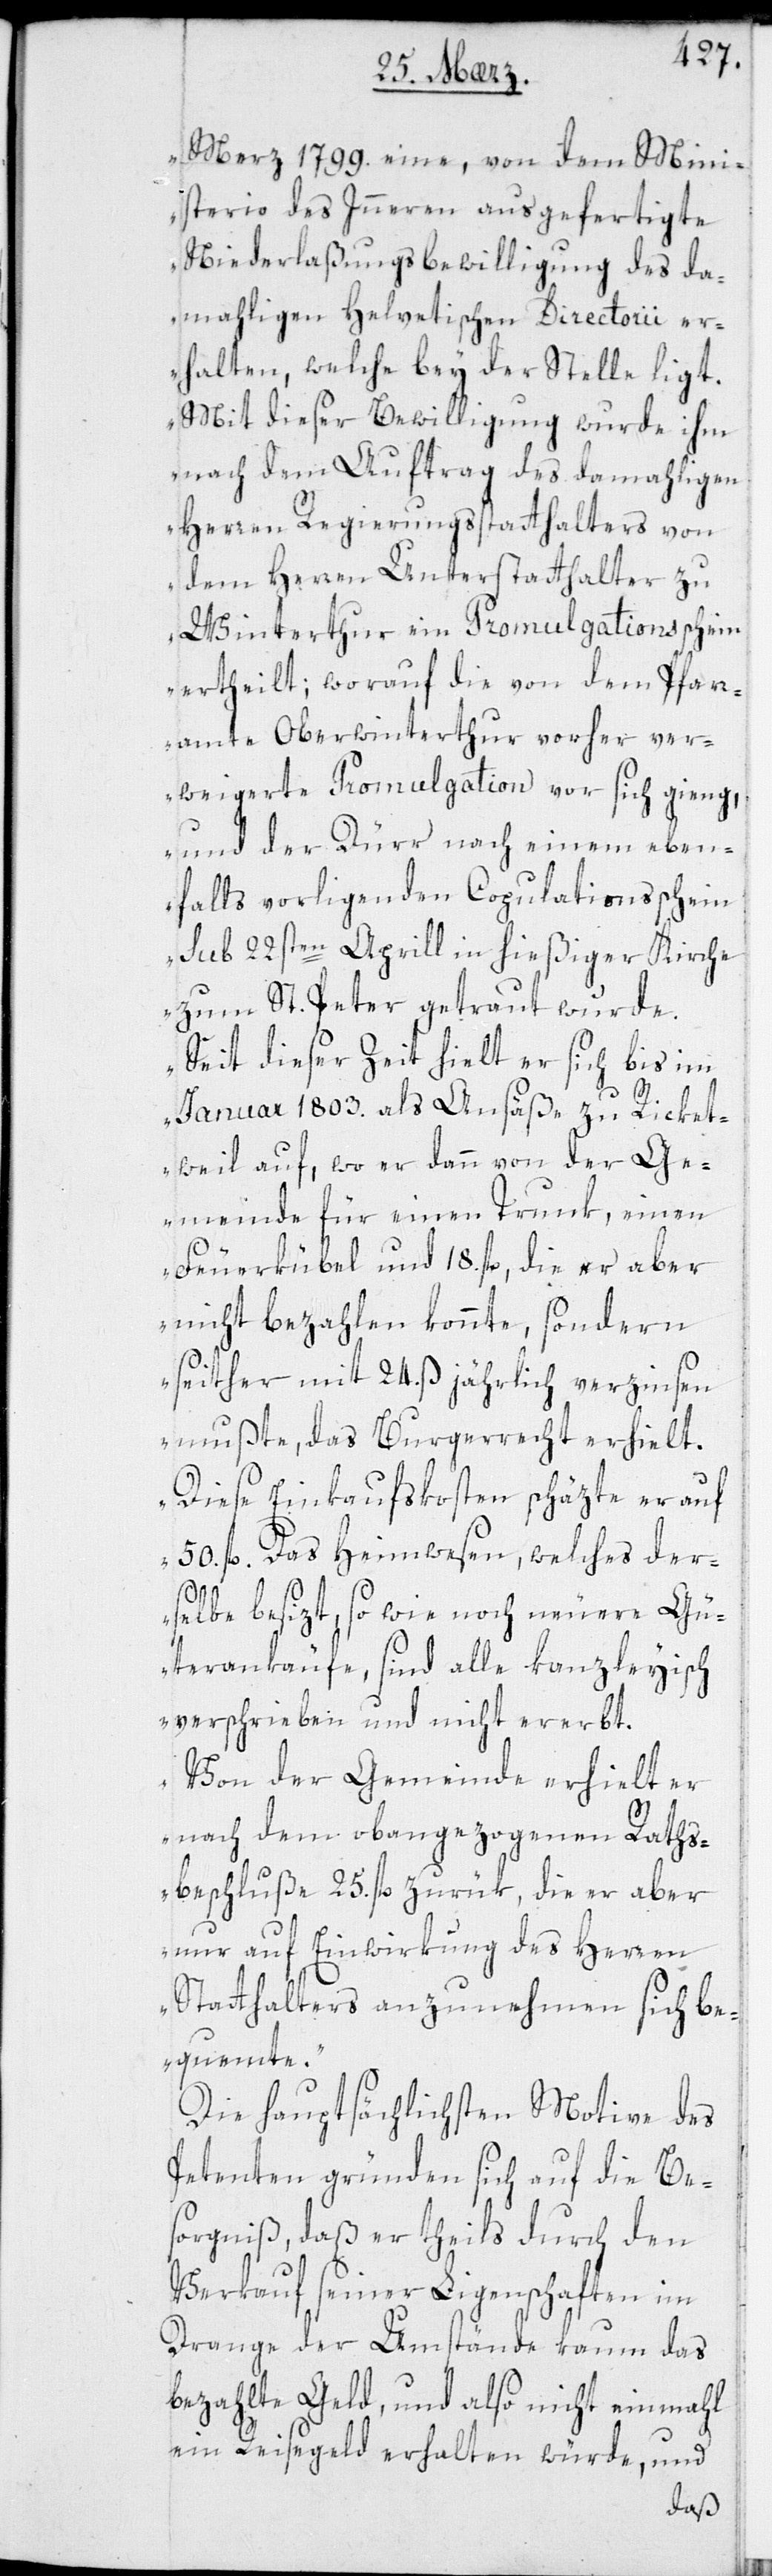
Merz 1799. eine, von dem Mini¬
sterio des Innern ausgefertigte
Niederlaßungsbewilligung des da¬
mahligen Helvetischen Directorii er¬
halten, welche bey der Stelle liegt.
Mit dieser Bewilligung wurde ihm
nach dem Auftrag des damahligen
Herren Regierungsstatthalters von
dem Herren Unterstatthalter zu
Winterthur ein Promulgationsschein
ertheilt; worauf die von dem Pfarr¬
amte Oberwinterthur vorher ver¬
weigerte Promulgation vor sich ging,
und der Dürr nach einem eben¬
falls vorliegenden Copulationsschein
sub 22sten Aprill in hießiger Kirche
zum St. Peter getraut wurde.
Seit dieser Zeit hielt er sich bis im
Januar 1803. als Ansäß zu Ricket¬
weil auf, wo er dann von der Ge¬
meinde für einen Trunk, einen
Feuerkübel und 18. fl., die er aber
nicht bezahlen konnte, sondern
seither mit 24. ß jährlich verzinsen
mußte, das Burgerrecht erhielt.
Diese Einkaufskosten schäzte er auf
50. fl. Das Heimwesen, welches der¬
selbe besizt, sowie noch neuere Gü¬
terankäufe, sind alle kanzleyisch
verschrieben und nicht ererbt.
Von der Gemeinde erhielt er
nach dem obangezogenen Raths¬
beschluße 25. fl. zurük, die er aber
nur auf Einwirkung des Herren
Statthalters anzunehmen sich be¬
quemte“.
Die hauptsächlichsten Motive des
Petenten gründen sich auf die Be¬
sorgniß, daß er theils durch den
Verkauf seiner Ligenschaften im
Drange der Umstände kaum das
bezahlte Geld, und also nicht einmahl
ein Reisegeld erhalten würde, und